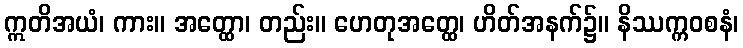
ဣတိအယံ၊ ကား။ အတ္ထော၊ တည်း။ ဟေတုအတ္ထေ၊ ဟိတ်အနက်၌။ နိဿက္ကဝစနံ၊